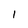
Character: l